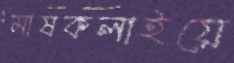
মাষকলাইয়ে